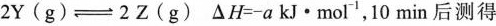
$$2 Y ( g ) \rightleftharpoons 2 Z$$(g) $$\Delta H = - a k J \cdot m o l ^{-1}$$,10\min$$ 后测得